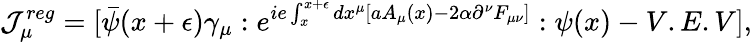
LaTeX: \mathcal{J}_{\mu}^{reg}=[\bar{{\psi}}(x+\epsilon)\gamma_{\mu}:e^{ie\int_{x}^{x+\epsilon}dx^{\mu}[aA_{\mu}(x)-2\alpha\partial^{\nu}F_{\mu\nu}]}:\psi(x)-V.E.V],